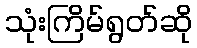
သုံးကြိမ်ရွတ်ဆို